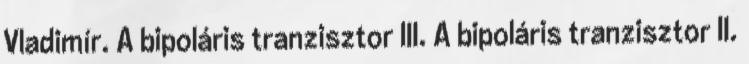
Vladimír. A bipoláris tranzisztor III. A bipoláris tranzisztor II.